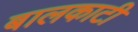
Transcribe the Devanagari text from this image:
बालकाटी